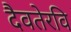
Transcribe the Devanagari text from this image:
दैवतेरवि